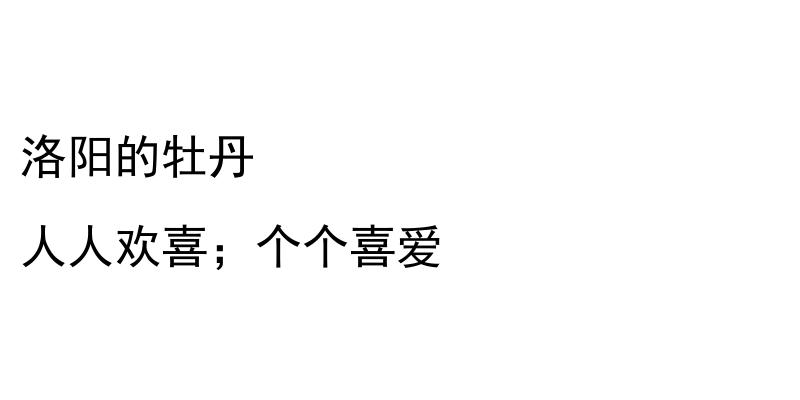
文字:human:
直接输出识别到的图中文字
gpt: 洛阳的牡丹 人人欢喜；个个喜爱